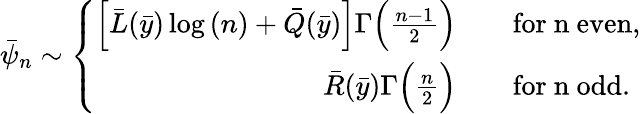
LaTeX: \bar{\psi}_{n}\sim\left\{ \begin{array}{rl}{\Big[\bar{L}(\bar{y})\log{(n)}+\bar{Q}(\bar{y})\Big]\Gamma\Big(\frac{n-1}{2}\Big)}&{\quad\mathrm{for~n~even},}\\ {\bar{R}(\bar{y})\Gamma\Big(\frac{n}{2}\Big)}&{\quad\mathrm{for~n~odd}.}\end{array}\right.